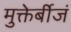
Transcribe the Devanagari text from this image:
मुक्तेर्बीजं